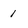
Character: 1